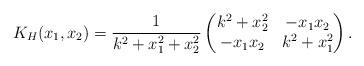
LaTeX: \begin{align*}K_H(x_1,x_2)=\frac{1}{k^2+x_1^2+x_2^2}\begin{pmatrix}k^2+x_2^2 & -x_1x_2 \\-x_1x_2 & k^2+x_1^2\end{pmatrix}.\end{align*}